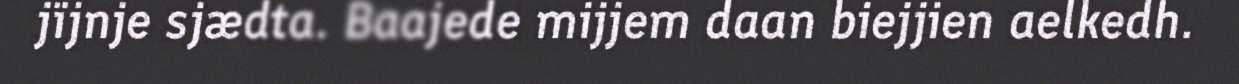
jïjnje sjædta. Baajede mijjem daan biejjien aelkedh.